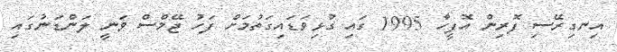
އިނގިރޭސި ފޮރިން އޮފީހާ 1995 ގައި ގުޅިވަޑައިގަތުމަށް ފަހު ޖޭމްސް ވަނީ ލަންޑަނުގައި